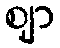
ဈာ